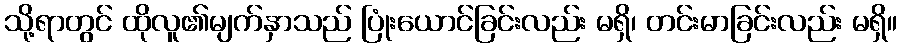
သို့ရာတွင် ထိုလူ၏မျက်နှာသည် ပြုံးယောင်ခြင်းလည်း မရှိ၊ တင်းမာခြင်းလည်း မရှိ။